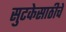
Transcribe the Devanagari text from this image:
सुटकेसाठीचे